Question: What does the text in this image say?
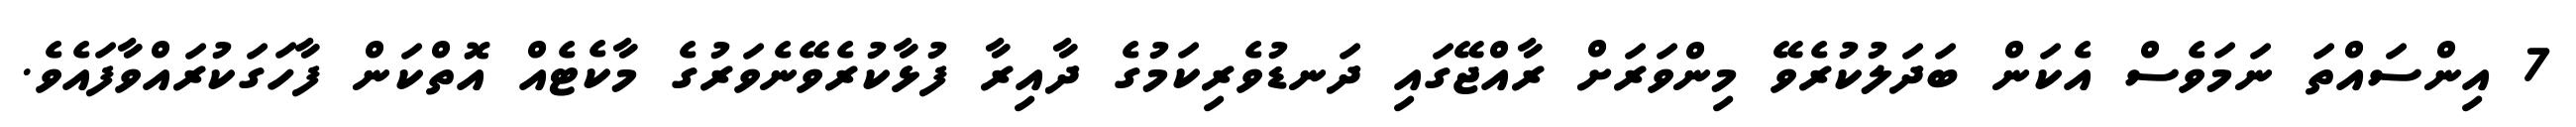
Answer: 7 އިންސައްތަ ނަމަވެސް އެކަން ބަދަލުކުރެވޭ މިންވަރަށް ރާއްޖޭގައި ދަނޑުވެރިކަމުގެ ދާއިރާ ފުޅާކުރެވޭނެވަރުގެ މާކެޓެއް އޮތްކަން ފާހަގަކުރައްވާފައެވެ.